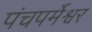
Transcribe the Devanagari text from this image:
पंचपर्मेश्वर